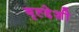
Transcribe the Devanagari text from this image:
बृह्द्देशी